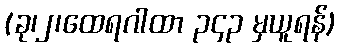
(ခု၊၂၊ထေရဂါထာ ၃၄၃ မှယူရန်)